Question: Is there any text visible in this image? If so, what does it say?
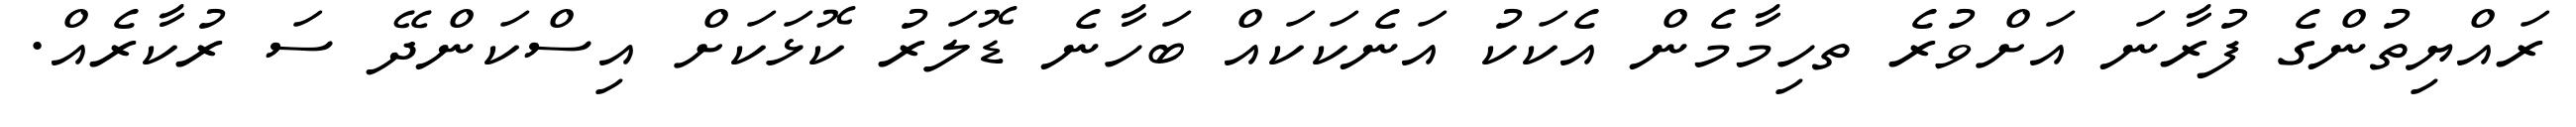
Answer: ރައްޔިތުންގެ ފުރާނަ އަށްވުރެ ތހިމާމެން އެކަކު އަނެކަކައް ބަހާނެ ޑޮލަރު ކޮޅަކަށް އިސްކަންދޭ ސަ ރުކާރެއް.